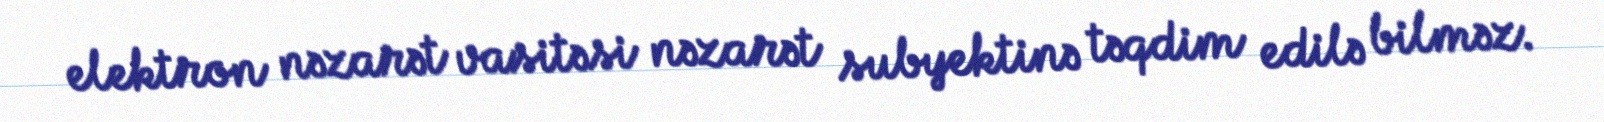
elektron nəzarət vasitəsi nəzarət subyektinə təqdim edilə bilməz.